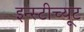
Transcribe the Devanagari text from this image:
इन्स्टीच्यूट